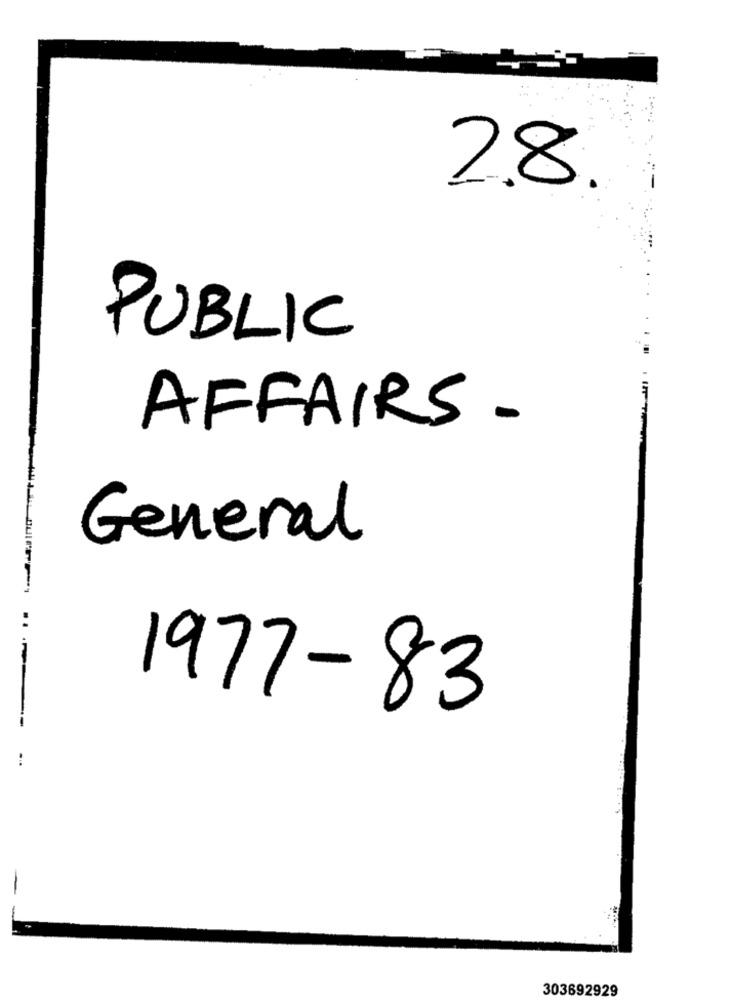
28
PUBLIC
AFFAIRS.
General
-
1977-83
303692929